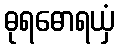
ဓုရဓောရယှံ